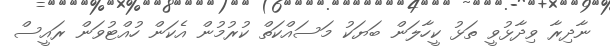
ނާދިރާ ވިދާޅުވީ ތަޅު ކީހާލަން ބަޔަކު މަސައްކަތް ކުރުމުން އެކަން ހުއްޓުވަން ރައީސް